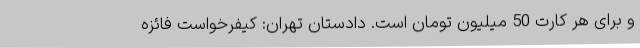
و برای هر کارت 50 میلیون تومان است. دادستان تهران: کیفرخواست فائزه